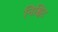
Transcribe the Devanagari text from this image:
निश्चिट